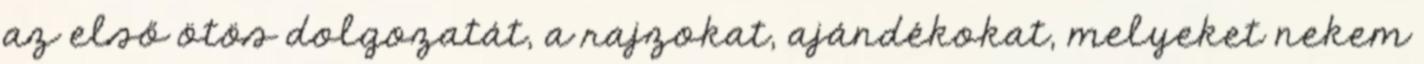
az első ötös dolgozatát, a rajzokat, ajándékokat, melyeket nekem